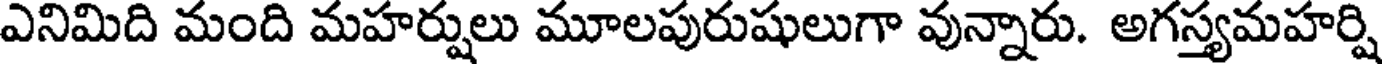
ఎనిమిది మంది మహర్షులు మూలపురుషులుగా వున్నారు. అగస్త్యమహర్షి